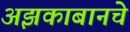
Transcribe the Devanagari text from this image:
अझकाबानचे